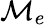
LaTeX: {\cal M}_{e}